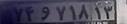
۷۴و۷۱۸۱۳